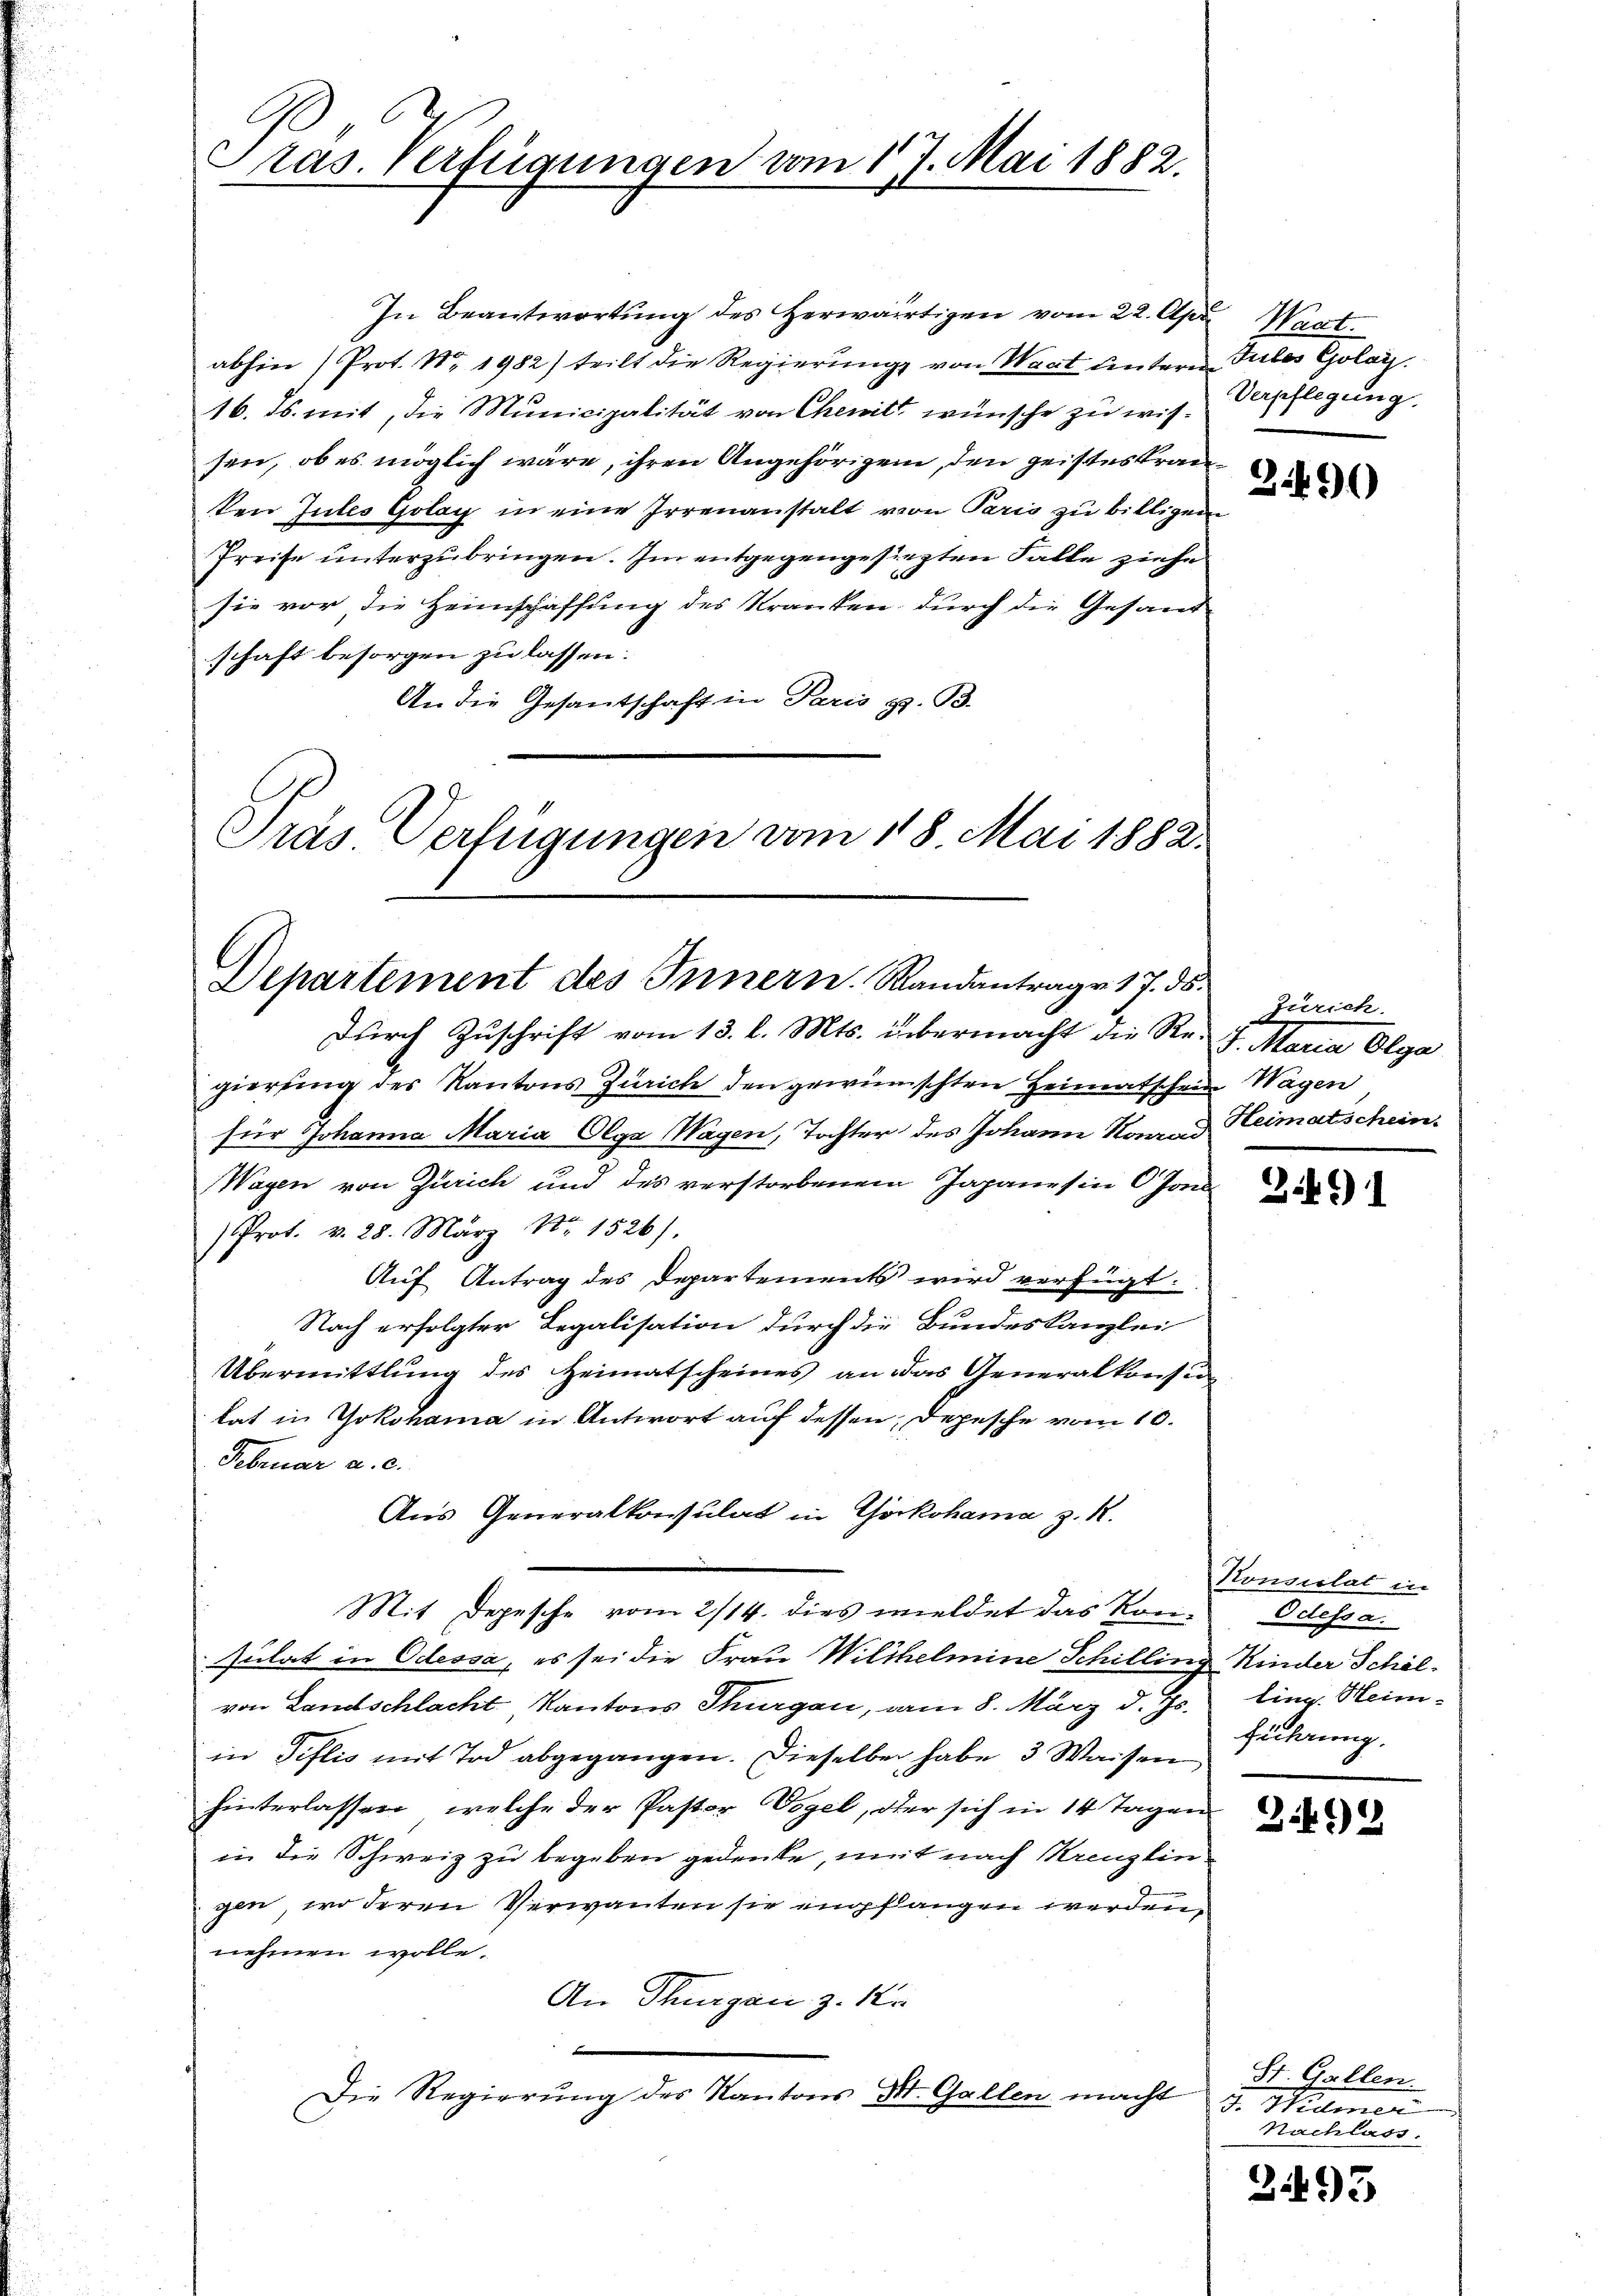
2,
Pras. Verfügungen vom 17. Mai 1882.
n

In Beantwortŭng des herwärtigen vom 22. Apr. Wart.
abhin (Prot. No. 1982) teilt die Regierung von Waat untern Teiles Golay.
16. ds. mit, die Municipalität von Chenil wünsche zu wissen, ob es möglich wäre, ihren Angehörigen, den geisteskranken Intes Golay in eine Irrenanstalt von Paris zu billigen
Preise unterzubringen. Im entgegengesiegten Falle ziehe
sie vor die Heimschaffung des Kranken, durch die Gesand-
schaft besorgen zu lassen.
An die Gesantschaft in Paris z. B.
Träs Verfügungen vom 18. Mai 1882.

Departement des Innern. Randantrage 17. ds.

durch Zuschrift vom 13. l. Mts. übermacht die Re- 7. Maria Olga
gierung des Kantons Zürich den gewünschten Heimatschein Wagen
für Johanna Maria Olga Wagen, Tochter des Johann Konrad Heimatischein
Wagen von Zürich und des verstorbenen Japanes in 6 Jon
/Prot. v. 28. März Nr 1526).
Auf Antrag des Departements wird verfügt:
Nach erfolgter Legalisation durch die Bundeskanzlei
Übermittlung des Heimatscheines an das Generalkonsun
lat in Yokohama in Antwort auf dessen, Depesche vom 10.
Februar a. c.
Aus Generalkonsulat in Yokohama z. R.
Mit Depesche vom 2/14. dies wieldet das Konsulat in Odessa, es sei die Frau Wilhelmine Schilling Kinder Schölvon Landschlacht Kantons Thurgau, am 8. März d. Js.
in Tiflio mit Tod abgegangen. Dieselben habe 3 Waisen
hinterlassen, welche der Pastor Vogel, der sich in 14 Tagen
in die Schweiz zu begeben gedenke, mit nach Kreuzlin
gen, wo deren Verwanten sie empflangen werden,
nehmen wolle.
An Thurgau z. Kr
.
Die Regierŭng des Kantons St. Gallen macht d. Widmer

Verpflegung.

3490

Zürich.

3491

d
Konsulat in
Odessa.
ling. Heim-
Fächerung.

3.492

St. Gallen.
Nachlass.

2493